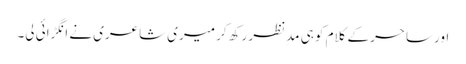
اور ساحر کے کلام کو ہی مدِنظر رکھ کر میری شاعری نے انگڑائی لی۔